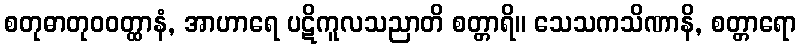
စတုဓာတုဝဝတ္ထာနံ, အာဟာရေ ပဋိကူလသညာတိ စတ္တာရိ။ သေသကသိဏာနိ, စတ္တာရော